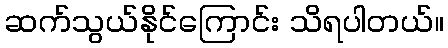
ဆက်သွယ်နိုင်ကြောင်း သိရပါတယ်။